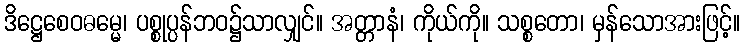
ဒိဋ္ဌေစေဝဓမ္မေ၊ ပစ္စုပ္ပန်ဘဝ၌သာလျှင်။ အတ္တာနံ၊ ကိုယ်ကို။ သစ္စတော၊ မှန်သောအားဖြင့်။